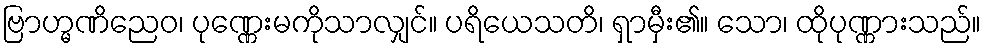
ဗြာဟ္မဏိညေဝ၊ ပုဏ္ဏေးမကိုသာလျှင်။ ပရိယေသတိ၊ ရှာမှီး၏။ သော၊ ထိုပုဏ္ဏားသည်။